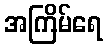
အကြိမ်ရေ